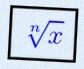
\sqrt[n]{x}